Medical and sanitary report of the native army of Bengal for the year
Year: 1876
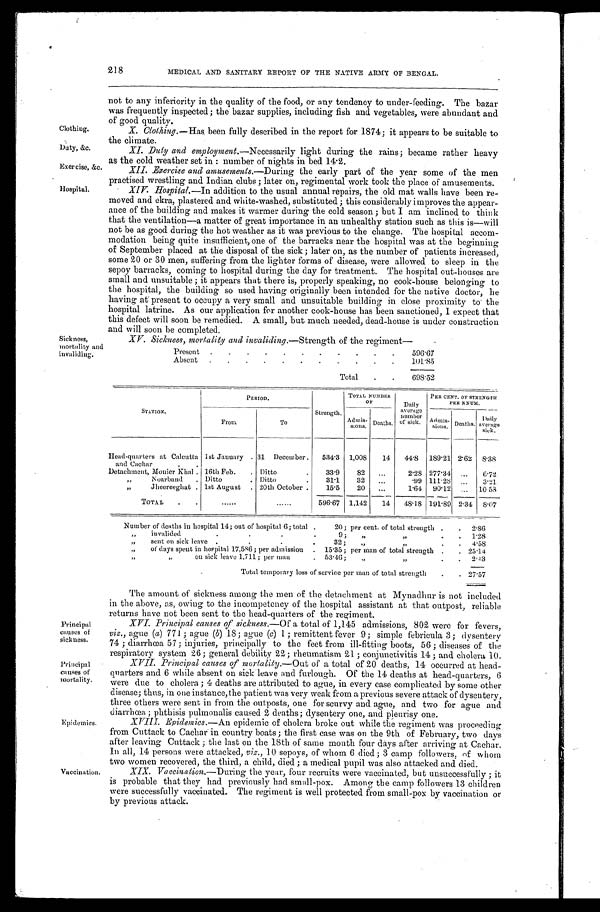
Clothing.
Duty, &c.
Exercise, &c.
Hospital.
Principal
causes of
sickness.
Principal
causes of
mortality.
218
Sickness,
mortality and
invaliding.
Epidemics.
Vaccination.
MEDICAL AND SANITARY REPORT OF THE NATIVE ARMY OF BENGAL.
not to any inferiority in the quality of the food, or any tendency to under-feeding. The bazar
was frequently inspected; the bazar supplies, including fish and vegetables, were abundant and
of good quality.
X. Clothing.-- Has, been fully described in the report for 1874; it appears to be suitable to
the climate.
XI. Duly and employment.—Necessarily light during the rains; became rather heavy
as the cold weather set in : number of nights in bed 14.2.
XII. Erercise and amusements.— During the early part of the year some of the men
practised wrestling and Indian clubs ; later on, regimental work took the place of amusements.
XIV. Hospital.—In addition to the usual annual repairs, the old mat walls have been re-
moved and ekra, plastered and white-washed, substituted ; this considerably improves the appear-
ance of the building and makes it warmer during the cold season ; but I am inclined to think
that the ventilation—a matter of great importance in an unhealthy station such as this is—will
not he as good during the hot weather as it was previous to the change. The hospital accom-
modation being quite insufficient, one of the barracks near the hospital was at the beginning
of September placed at the disposal of the sick; later on, as the number of patients increased,
some 20 or 30 men, suffering from the lighter forms of disease, were allowed to sleep in the
sepoy barracks, coming to hospital during the day for treatment. The hospital out-houses are
small and unsuitable ; it appears that there is, properly speaking, no cook-house belonging to
the hospital, the building so used having originally been intended for the native doctor, he
having at present to occupy a very small and unsuitable building in close proximity to the
hospital latrine. As our application for another cook-house has been sanctioned, I expect that
this defect will soon be remedied. A small, but much needed, dead-house is under construction
and will soon be completed.
XV. Sickness, mortality and invaliding.— Strength of the regiment—
Present
596.67
A b s e n t
1 0 1 . 8 5
Total
698 . 52
STATION.
PERIOD.
Strength.
TOTAL NUMBER
OF
Daily
average
number
of sick.
PER CENT. OF STRENGTH
PER N NUM.
From
To
Admis-
sions.
Deaths.
A d m i s -
s i o n s .
Deaths. Daily average sick.
Head-quarters at Calcutta
and Cachar
1st January
31 December
534.3
1,008
14
44.8
189.21 2.62
8.38
Detachment, Monier Khal
16th Feb
Ditto
33.9
82
. . .
2.28 277.34
. . .
6.72
,, Noarband
Ditto
Ditto
31.1
32
. . .
.99 111.28
. . .
3.21
,, Jheereeghat
1st August
20th October
15.5
20
. . .
1.64
90.12
. . .
10.58
T o t a l
...
. . .
596.67
1,142
1 4 48.18
191.89 2.34
8.07
Number of deaths in hospital 14; out of hospital 6; total 20 ; per cent. of total strength
2.86
,, invalided 9 ; ,, ,,
1.28
,, sent on sick leave 32 ; ,, ,,
4.58
,, of days spent in hospital 17,586; per admission 15.35 ; per man of total strength
25.14
,, ,, ou sick leave 1,711 ; per man 53.46 ,, ,,
2.43
Total temporary loss of service per man of total strength
27.57
The amount of sickness among the men of the detachment at Mynadhur is not included
in the above, as, owing to the incompetency of the hospital assistant at that outpost, reliable
returns have not been sent to the head-quarters of the regiment.
XVI. Principal causes of sickness.— Of a total of 1,145 admissions, 802 were for fevers,
viz ., ague (a) 771; ague (b) 18; ague (c) 1 ; remittent fever 9; simple febricula 3; dysentery
74; diarrhoea 57; injuries, principally to the feet from ill-fitting boots, 56; diseases of the
respiratory system 26; general debility 22 ; rheumatism 21 ; conjunctivitis 14 ; and cholera 10.
X V I I
. P r i n c i p a l c a u s e s o f m o r t a l i l y . —O
u t
of a total of 20 deaths, 14 occurred at head
- q u a r t e r s a n d 6 w h i l e a b s e n t o n s i c k l e a v e a n d f u r l o u g h . O f t h e 1 4 d e a t h s a t h e a d - q u a r t e r s , 6
were due to cholera ; 4 deaths are attributed to ague, in every case complicated by some other
disease; thus, in one instance, the patient was very weak from a previous severe attack of dysentery,
three others were sent in from the outposts, one for scurvy and ague, and two for ague and
diarrhoea.; phthisis puhnonalis caused 2 deaths; dysentery one, and pleurisy one.
XVIII. Epidemics.—An epidemic of cholera broke out while the regiment was proceeding,
from Cuttack to Cachar in country boats; the first case was on the 9th of February, two days
after leaving Cuttack ; the last on the 18th of' same month four days after arriving at Cachar.
In all, 14 persons were attacked, viz., 10 sepoys, of whom 6 died ; 3 camp followers, of whom
two women recovered, the third, a child, died ; a medical pupil was also attacked and died.
XIX. Vaccination.— During the year, four recruits were vaccinated, but unsuccessfully ; it
is probable that they had previously had small-pox. Among the camp followers 13 children
were successfully vaccinated. The regiment is well protected from small-pox by vaccination or
by previous attack.